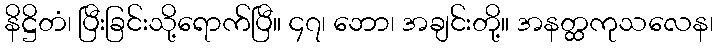
နိဋ္ဌိတံ၊ ပြီးခြင်းသို့ရောက်ပြီ။ ၄၇၊ ဘော၊ အချင်းတို့။ အနတ္ထကုသလေန၊